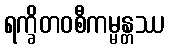
ရက္ခိတဝစီကမ္မန္တဿ